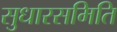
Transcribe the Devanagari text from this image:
सुधारसमिति